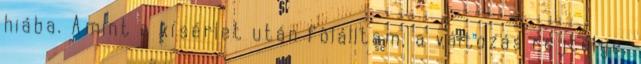
hiába. Amint e kísérlet után fölálltam, a változás rejtélye,